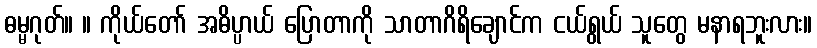
ဓမ္မဂုတ်။ ။ ကိုယ်တော် အဓိပ္ပာယ် ပြောတာကို သာတာဂိရိချောင်က ငယ်ရွယ် သူတွေ မနာရဘူးလား။